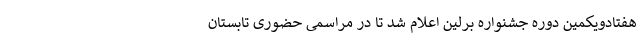
هفتادویکمین دوره جشنواره برلین اعلام شد تا در مراسمی حضوری تابستان